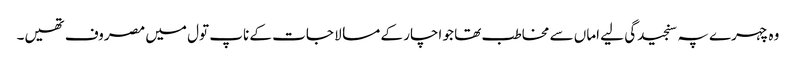
وہ چہرے پہ سنجیدگی لیے اماں سے مخاطب تھا جو اچار کے مسالا جات کے ناپ تول میں مصروف تھیں۔